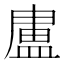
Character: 𭾊